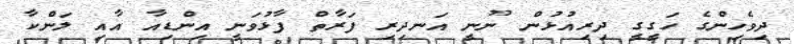
ދިވެހިންގެ ހަގީގީ ދިރިއުޅުން ނޫނީ އަނދިރި ފަރާތް ފާޅުވަނީ އިންޑިއާ އާއި ލަންކާ